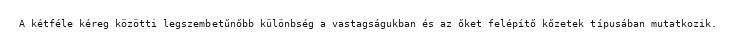
A kétféle kéreg közötti legszembetűnőbb különbség a vastagságukban és az őket felépítő kőzetek típusában mutatkozik.